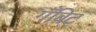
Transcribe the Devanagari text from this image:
गँबिट